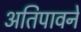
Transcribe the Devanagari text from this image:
अतिपावनें